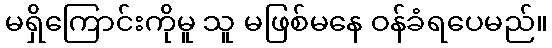
မရှိကြောင်းကိုမူ သူ မဖြစ်မနေ ဝန်ခံရပေမည်။